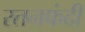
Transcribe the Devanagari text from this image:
रतनफंदी